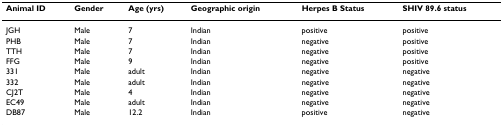
| Animal ID | Gender | Age (yrs) | Geographic origin | Herpes B Status | SHIV 89.6 status |
 | --- | --- | --- | --- | --- | --- |
 | JGH | Male | 7 | Indian | positive | positive |
 | PHB | Male | 7 | Indian | negative | positive |
 | TTH | Male | 7 | Indian | negative | positive |
 | FFG | Male | 9 | Indian | negative | positive |
 | 331 | Male | adult | Indian | negative | negative |
 | 332 | Male | adult | Indian | negative | negative |
 | CJ2T | Male | 4 | Indian | negative | negative |
 | EC49 | Male | adult | Indian | negative | negative |
 | DB87 | Male | 12.2 | Indian | positive | negative |